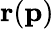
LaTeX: \mathbf{r}(\mathbf{p})